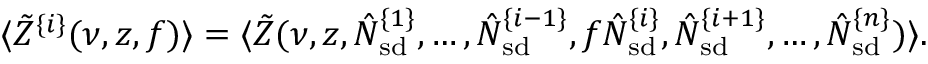
\langle \tilde { Z } ^ { \{ i \} } ( \nu , z , f ) \rangle = \langle \tilde { Z } ( \nu , z , \hat { N } _ { \mathrm { s d } } ^ { \{ 1 \} } , \ldots , \hat { N } _ { \mathrm { s d } } ^ { \{ i - 1 \} } , f \hat { N } _ { \mathrm { s d } } ^ { \{ i \} } , \hat { N } _ { \mathrm { s d } } ^ { \{ i + 1 \} } , \ldots , \hat { N } _ { \mathrm { s d } } ^ { \{ n \} } ) \rangle .